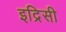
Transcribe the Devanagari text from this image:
इद्रिसी